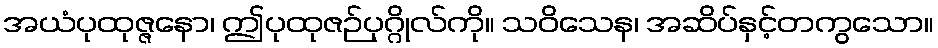
အယံပုထုဇ္ဇနော၊ ဤပုထုဇဉ်ပုဂ္ဂိုလ်ကို။ သဝိသေန၊ အဆိပ်နှင့်တကွသော။